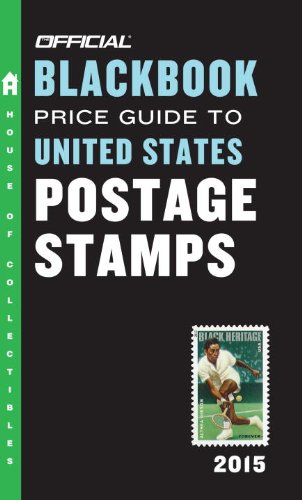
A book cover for The Official Blackbook Price Guide to United States Postage Stamps 2015, 37th Edition; Thomas E. Hudgeons Jr.; Crafts, Hobbies & Home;